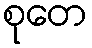
စုတေ